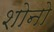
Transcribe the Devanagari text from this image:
शोनो